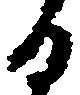
る